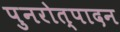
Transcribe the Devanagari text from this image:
पुनरोत्पादन